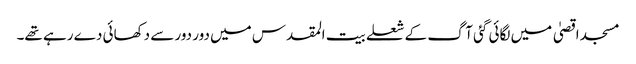
مسجد اقصیٰ میں لگائی گئی آگ کے شعلے بیت المقدس میں دور دور سے دکھائی دے رہے تھے۔